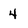
Character: 4